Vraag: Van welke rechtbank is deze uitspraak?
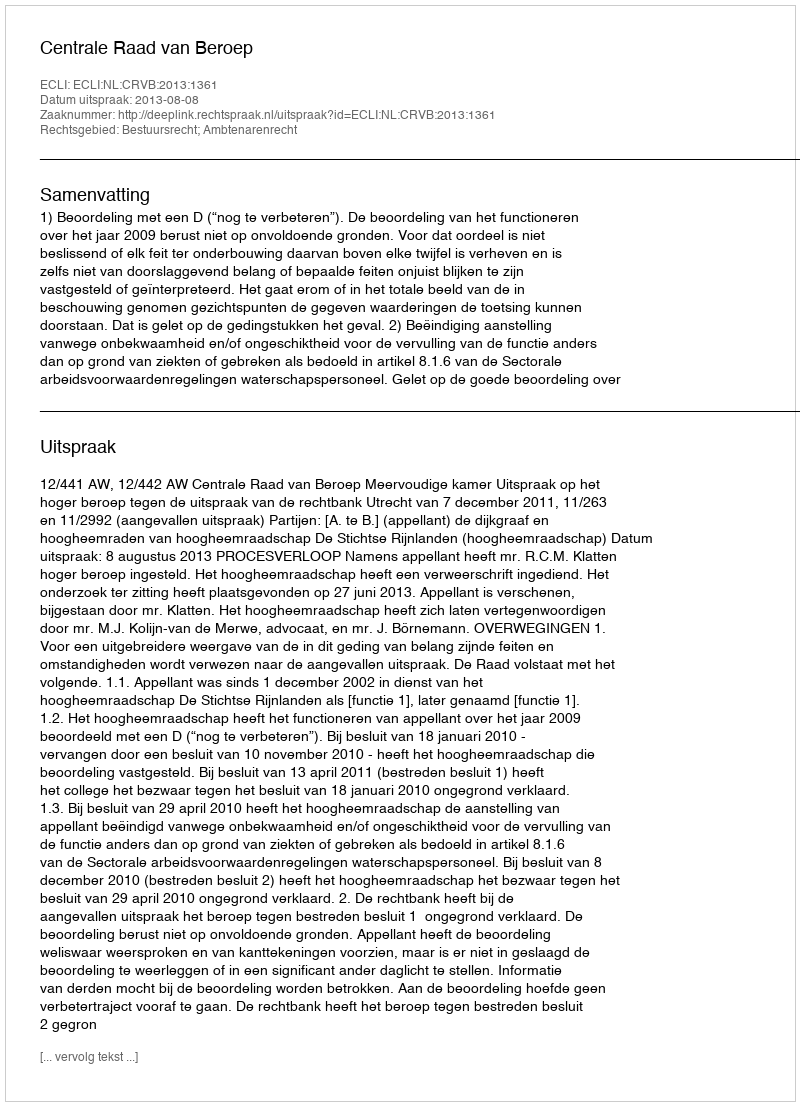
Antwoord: Centrale Raad van Beroep